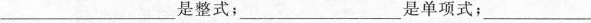
是整式；___是单项式；___